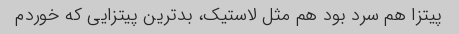
پیتزا هم سرد بود هم مثل لاستیک، بدترین پیتزایی که خوردم